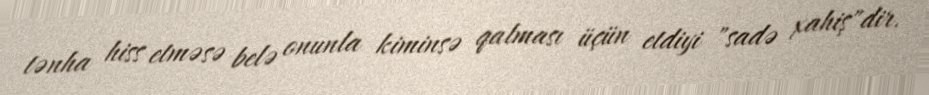
tənha hiss etməsə belə onunla kiminsə qalması üçün etdiyi "sadə xahiş"dir.